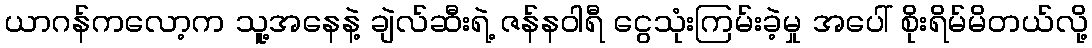
ယာဂန်ကလော့က သူ့အနေနဲ့ ချဲလ်ဆီးရဲ့ ဇန်နဝါရီ ငွေသုံးကြမ်းခဲ့မှု အပေါ် စိုးရိမ်မိတယ်လို့